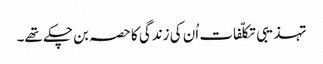
تہذیبی تکلّفات اُن کی زندگی کا حصہ بن چکے تھے۔